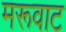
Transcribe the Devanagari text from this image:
मरूवाट